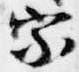
宗